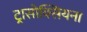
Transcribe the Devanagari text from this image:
ट्रासोक्सियना